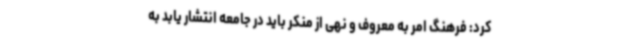
کرد: فرهنگ امر به معروف و نهی از منکر باید در جامعه انتشار یابد به